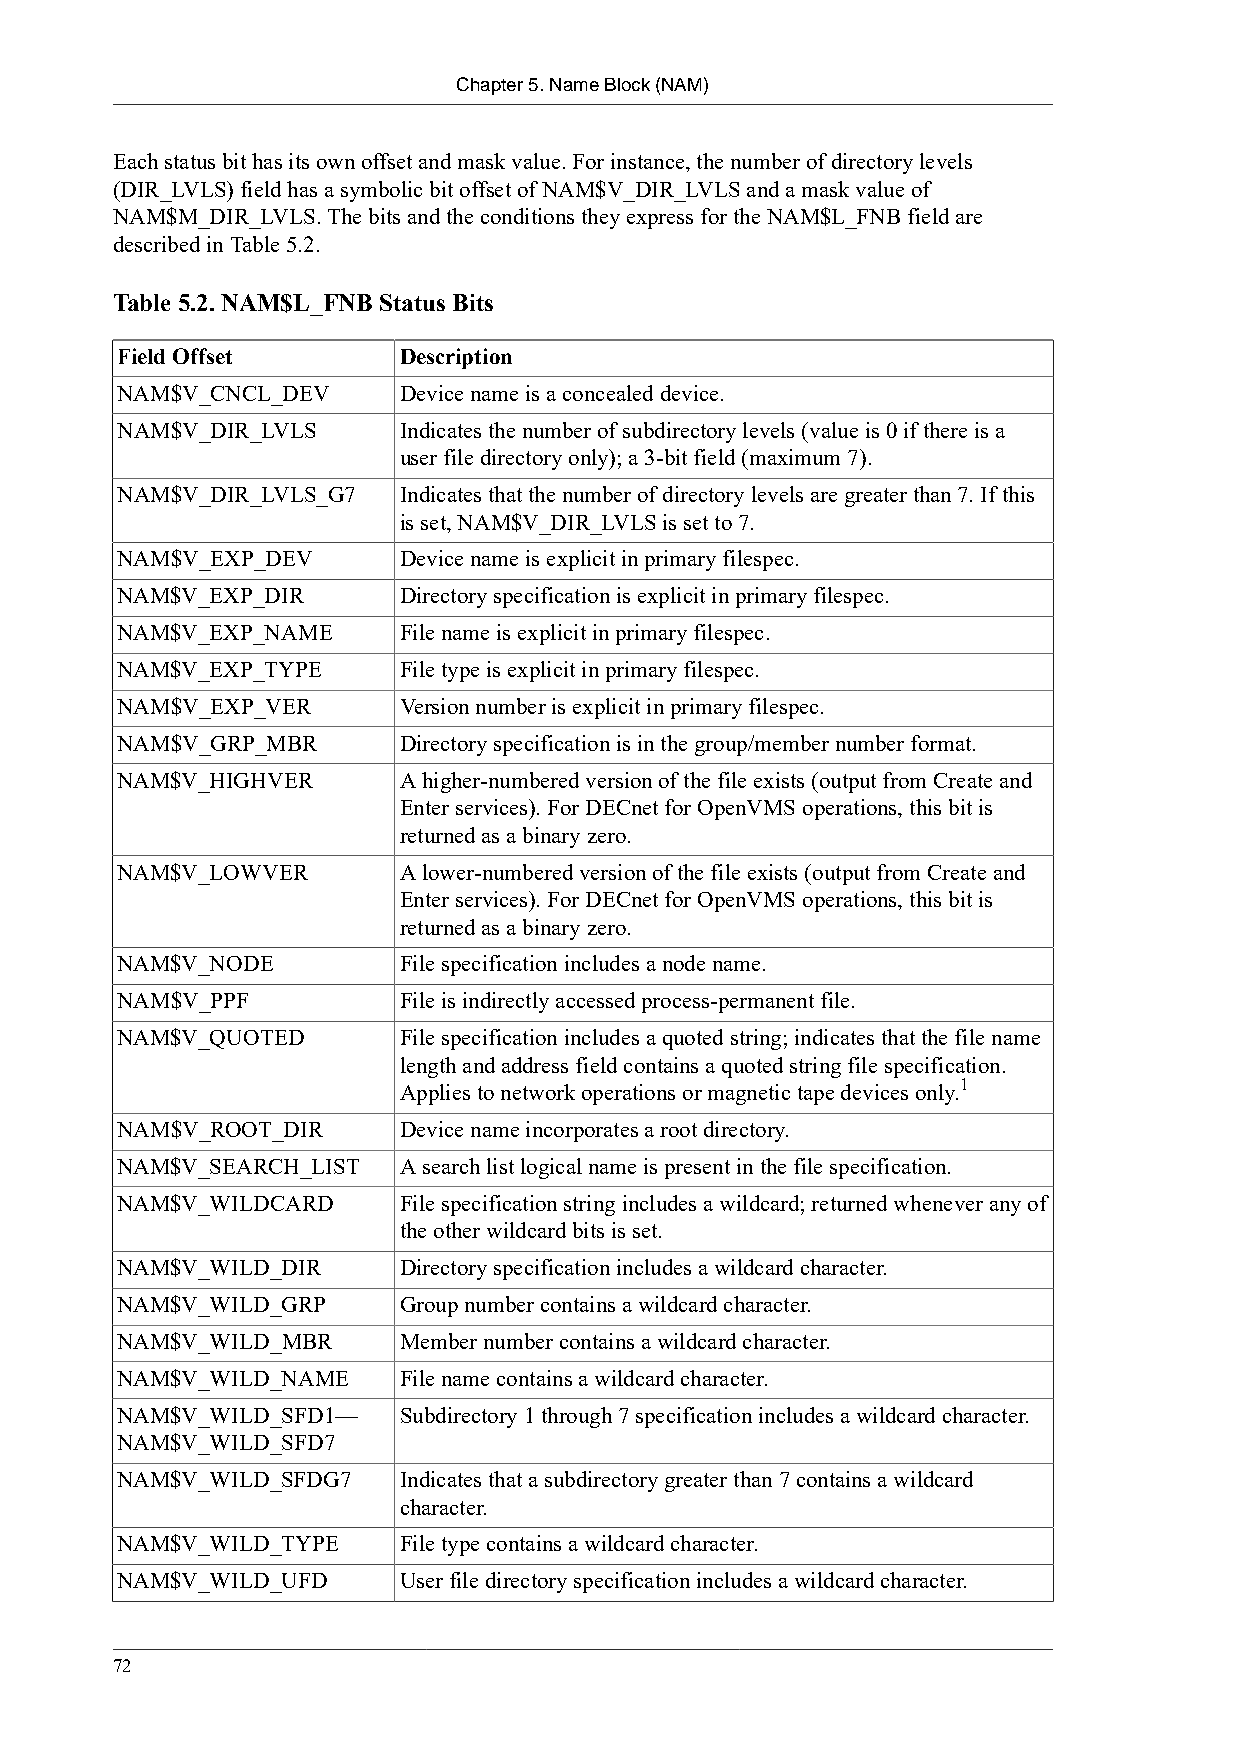
Chapter 5. Name Block (NAM)
 Each status bit has its own offset and mask value. For instance, the number of directory levels
 (DIR_LVLS) field has a symbolic bit offset of NAM$V_DIR_LVLS and a mask value of
 NAM$M_DIR_LVLS. The bits and the conditions they express for the NAM$L_FNB field are
 described in Table 5.2.
 Table 5.2. NAM$L_FNB Status Bits
 Field Offset      Description
 NAM$V_CNCL_DEV    Device name is a concealed device.
 NAM$V_DIR_LVLS    Indicates the number of subdirectory levels (value is 0 if there is a
 user file directory only); a 3-bit field (maximum 7).
 NAM$V_DIR_LVLS_G7 Indicates that the number of directory levels are greater than 7. If this
 is set, NAM$V_DIR_LVLS is set to 7.
 NAM$V_EXP_DEV     Device name is explicit in primary filespec.
 NAM$V_EXP_DIR     Directory specification is explicit in primary filespec.
 NAM$V_EXP_NAME    File name is explicit in primary filespec.
 NAM$V_EXP_TYPE    File type is explicit in primary filespec.
 NAM$V_EXP_VER     Version number is explicit in primary filespec.
 NAM$V_GRP_MBR     Directory specification is in the group/member number format.
 NAM$V_HIGHVER     A higher-numbered version of the file exists (output from Create and
 Enter services). For DECnet for OpenVMS operations, this bit is
 returned as a binary zero.
 NAM$V_LOWVER      A lower-numbered version of the file exists (output from Create and
 Enter services). For DECnet for OpenVMS operations, this bit is
 returned as a binary zero.
 NAM$V_NODE        File specification includes a node name.
 NAM$V_PPF         File is indirectly accessed process-permanent file.
 NAM$V_QUOTED      File specification includes a quoted string; indicates that the file name
 length and address field contains a quoted string file specification.
 1
 Applies to network operations or magnetic tape devices only.
 NAM$V_ROOT_DIR    Device name incorporates a root directory.
 NAM$V_SEARCH_LIST A search list logical name is present in the file specification.
 NAM$V_WILDCARD    File specification string includes a wildcard; returned whenever any of
 the other wildcard bits is set.
 NAM$V_WILD_DIR    Directory specification includes a wildcard character.
 NAM$V_WILD_GRP    Group number contains a wildcard character.
 NAM$V_WILD_MBR    Member number contains a wildcard character.
 NAM$V_WILD_NAME   File name contains a wildcard character.
 NAM$V_WILD_SFD1—  Subdirectory 1 through 7 specification includes a wildcard character.
 NAM$V_WILD_SFD7
 NAM$V_WILD_SFDG7  Indicates that a subdirectory greater than 7 contains a wildcard
 character.
 NAM$V_WILD_TYPE   File type contains a wildcard character.
 NAM$V_WILD_UFD    User file directory specification includes a wildcard character.
 72